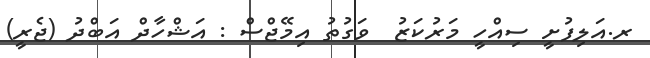
ރ.އަލިފުށީ ސިއްހީ މަރުކަޒު  ވަގުތު އިމޭޖްސް : އަޝްހާދް އަބްދު (ޖެރީ)